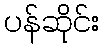
ပန်ဆိုင်း